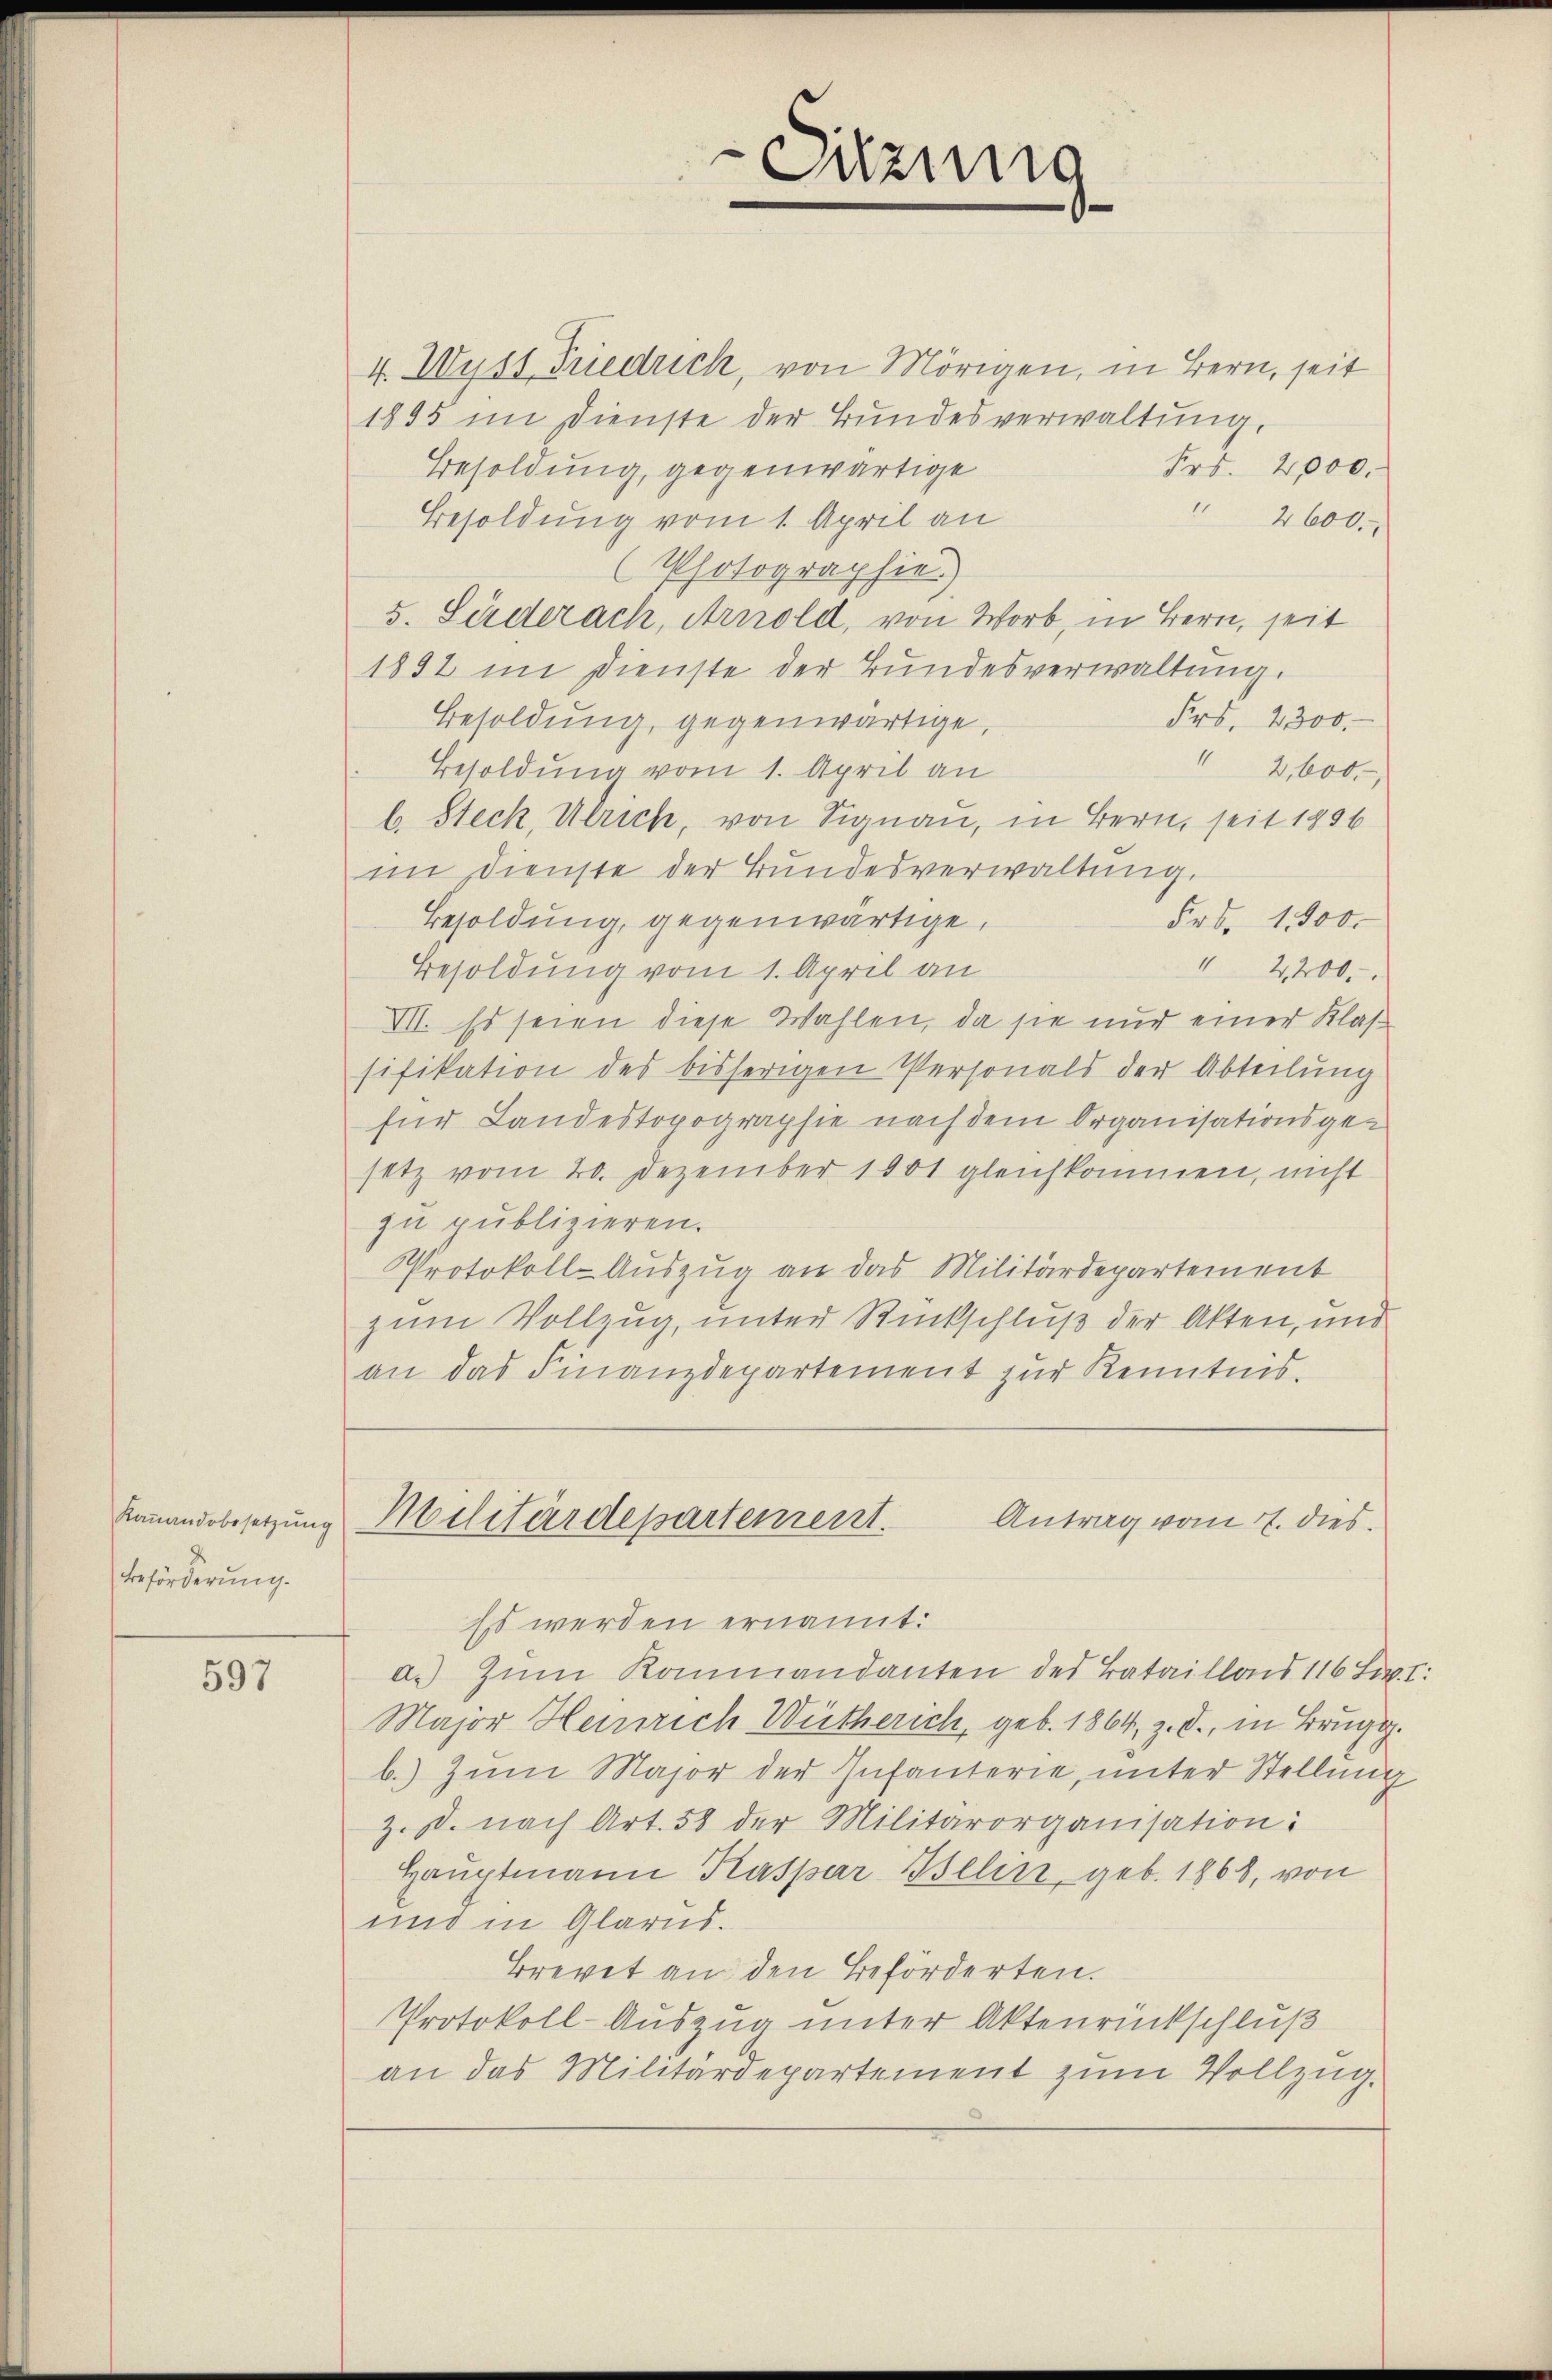
Kamandobesetzung
Beförderung.

597

Sitzung
e

V. Wyss Friedrich, von Mörigen, in Bern, seit
1895 im Dienste der Bundesverwaltung,
Besoldung, gegenwärtige
Frs. 2,000.
 2600.
Besoldung vom 1. April an
(Photographie)
5. Seiderach, Arnold, von Worb, in Bern, seit
1892 im Dienste der Bundesverwaltung.
Frs. 2300.
Besoldung, gegenwärtige,
I 2, 600.
Besoldung vom 1. April an
b. Steck, Ulrich, von Signau, in Bern, seit 1806
im Dienste der Bundesverwaltung
Besoldung, gegenwärtige,
Frs. 1300.
" 2200.
Besoldung vom 1. April an
VII. Es seien diese Wahlen, da sie nur einer Klassifikation des bisherigen Personals der Abteilung
für Landestopographie nach dem Organisationsgesetz vom 20. Dezember 1801 gleichkommen, nicht
zu publizieren.
Protokoll-Auszug an das Militärdepartement
zum Vollzug, unter Rückschluß der Akten, und
an das Finanzdepartement zur Kenntnis.
Militärdepartement.
Antrag vom 11. dies
Es werden ernannt:
a. Zum Kommandanten des Bataillonis 116 Lv. I:
Major Heinrich Wütherich, geb. 1864, z. S., in Brugg
b.) Zum Major der Infanterie, unter Stellung
z. B. nach Art. 58 der Militärorganisation:
Hauptmann Kaspar Belin, geb. 1868, von
und in Glarus.
Brevet an den Beförderten.
Protokoll-Auszug unter Aktenrückschluß
an das Militärdepartement zum Vollzug.